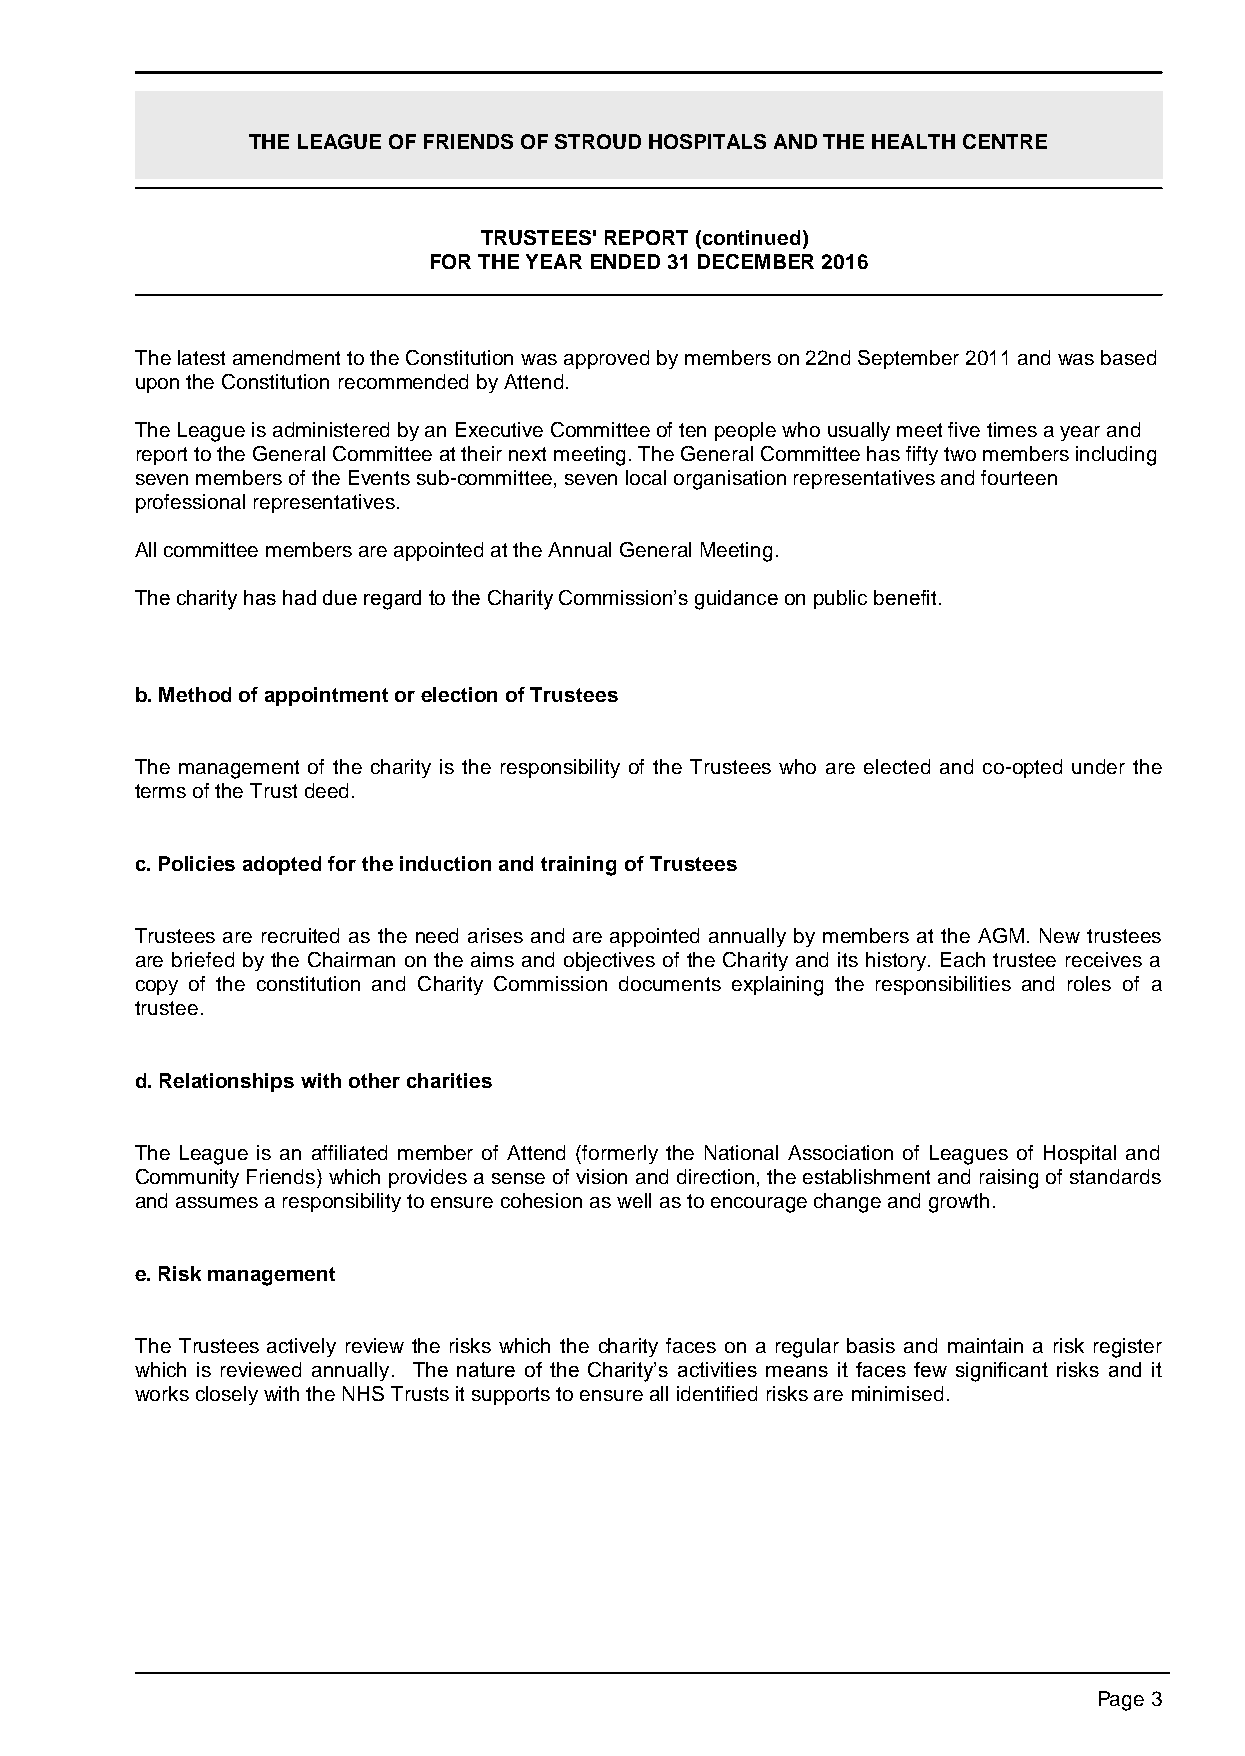
THE LEAGUE OF FRIENDS OF STROUD HOSPITALS AND THE HEALTH CENTRE
 TRUSTEES' REPORT (continued)
 FOR THE YEAR ENDED 31 DECEMBER 2016
 The latest amendment to the Constitution was approved by members on 22nd September 2011 and was based
 upon the Constitution recommended by Attend.
 The League is administered by an Executive Committee of ten people who usually meet five times a year and
 report to the General Committee at their next meeting. The General Committee has fifty two members including
 seven members of the Events sub-committee, seven local organisation representatives and fourteen
 professional representatives.
 All committee members are appointed at the Annual General Meeting.
 The charity has had due regard to the Charity Commission’s guidance on public benefit.
 b. Method of appointment or election of Trustees
 The management of the charity is the responsibility of the Trustees who are elected and co-opted under the
 terms of the Trust deed.
 c. Policies adopted for the induction and training of Trustees
 Trustees are recruited as the need arises and are appointed annually by members at the AGM. New trustees
 are briefed by the Chairman on the aims and objectives of the Charity and its history. Each trustee receives a
 copy of the constitution and Charity Commission documents explaining the responsibilities and roles of a
 trustee.
 d. Relationships with other charities
 The League is an affiliated member of Attend (formerly the National Association of Leagues of Hospital and
 Community Friends) which provides a sense of vision and direction, the establishment and raising of standards
 and assumes a responsibility to ensure cohesion as well as to encourage change and growth.
 e. Risk management
 The Trustees actively review the risks which the charity faces on a regular basis and maintain a risk register
 which is reviewed annually. The nature of the Charity’s activities means it faces few significant risks and it
 works closely with the NHS Trusts it supports to ensure all identified risks are minimised.
 Page 3